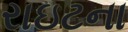
રાઇટના